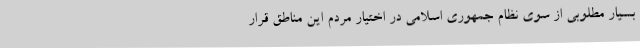
بسیار مطلوبی از سوی نظام جمهوری اسلامی در اختیار مردم این مناطق قرار